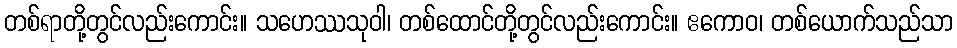
တစ်ရာတို့တွင်လည်းကောင်း။ သဟေဿသုဝါ၊ တစ်ထောင်တို့တွင်လည်းကောင်း။ ဧကောဝ၊ တစ်ယောက်သည်သာ